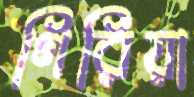
গিরিয়া